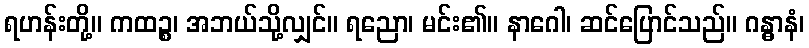
ရဟန်းတို့။ ကထဉ္စ၊ အဘယ်သို့လျှင်။ ရညော၊ မင်း၏။ နာဂေါ၊ ဆင်ပြောင်သည်။ ဂန္ဓာနံ၊